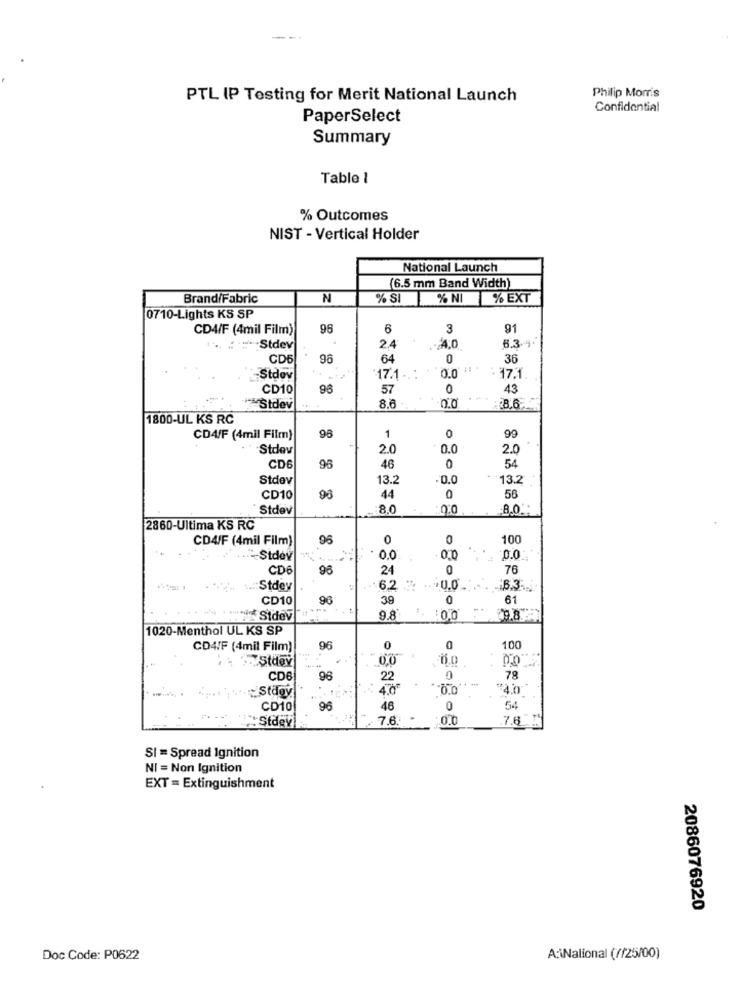
PTL IP Testing for Merit National Launch
Philip Morris
Confidential
PaperSelect
Summary
Table 1
% Outcomes
NIST - Vertical Holder
National Launch
(6.5 mm Band Width)
Brand/Fabric
N
% SI
% NI
% EXT
0710-Lights KS SP
CD4/F (4mil Film)
96
6
3
91
Stdev
2.4
5.3-4
CDE
96
64
0
36
-Stdov
17.1 ..
0.0
- 17.1
CD10
98
57
0
43
Stdev
8.6
0.0
1800-UL KS RC
CD4/F (4mil Film)
98
1
0
99
Stdev
2.0
0.0
2.0
CDE
95
46
0
54
Stdev
13.2
0.0
13.2
CD10
98
44
0
56
Stdev
8.0
8.0.
2860-Ultima KS RC
CD4/F (4mil Film)
96
0
0
100
Stdov
0.0.
0.0
0.0
CDE
96
24
76
.:: Stdey
... U.O.
CD10
90
39
0
61
Stdev
9.8
1. : 0.0
1020-Menthol UL KS SP
CD4IF (4mil Film)
96
0
100
- Stdev
00
CDE
96
22
0
78
Stday
CD10
96
46
0
54
2Stdev
7.6. *
0.0
7.6.
SI = Spread Ignition
NI = Non Ignition
EXT = Extinguishment
2086076920
Doc Code: P0622
A:\Nalional (//25/00)